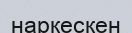
наркескен